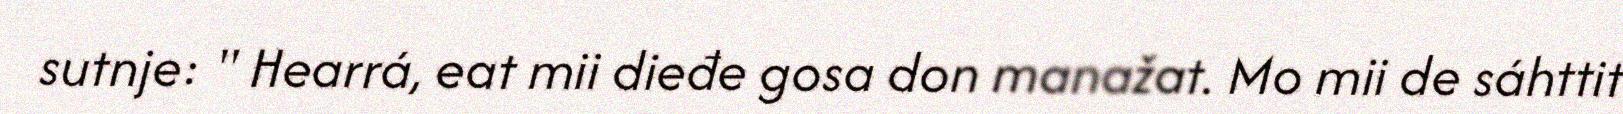
sutnje: " Hearrá, eat mii dieđe gosa don manažat. Mo mii de sáhttit